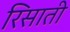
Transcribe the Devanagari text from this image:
रिसाती